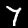
Digit: 7